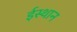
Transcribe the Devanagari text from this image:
ईस्थान